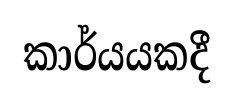
කාර්යයකදී